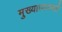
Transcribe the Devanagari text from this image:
मुख्याध्यापकही